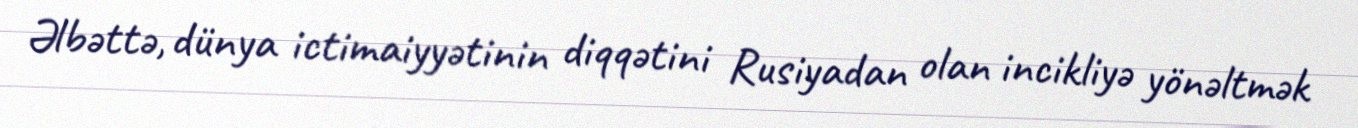
Əlbəttə, dünya ictimaiyyətinin diqqətini Rusiyadan olan incikliyə yönəltmək